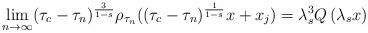
LaTeX: \begin{align*}\lim_{n\to\infty}(\tau_{c}-\tau_{n})^{\frac{3}{1-s}}\rho_{\tau_{n}}((\tau_{c}-\tau_{n})^{\frac{1}{1-s}}x+x_j)=\lambda_s^{3}Q\left(\lambda_s x\right)\end{align*}